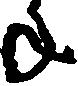
年